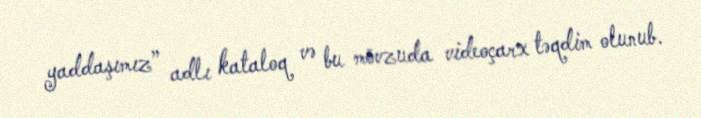
yaddaşımız” adlı kataloq və bu mövzuda videoçarx təqdim olunub.